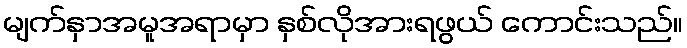
မျက်နှာအမူအရာမှာ နှစ်လိုအားရဖွယ် ကောင်းသည်။